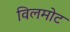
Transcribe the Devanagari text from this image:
विलमोट